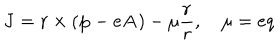
{ \mathbf J } = { \mathbf r } \times ( { \mathbf p } - e { \mathbf A } ) - \mu \frac { \mathbf r } { r } , \quad \mu = e q